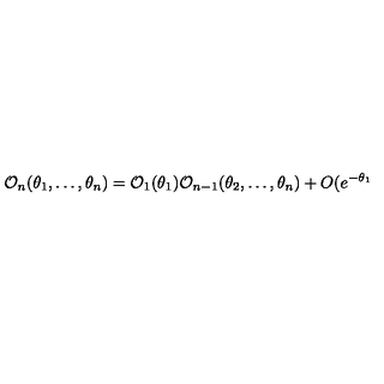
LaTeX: \mathcal { O } _ { n } ( \theta _ { 1 } , \dots , \theta _ { n } ) = \mathcal { O } _ { 1 } ( \theta _ { 1 } ) \mathcal { O } _ { n - 1 } ( \theta _ { 2 } , \dots , \theta _ { n } ) + O ( e ^ { - \theta _ { 1 } }